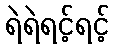
ရဲရဲရင့်ရင့်